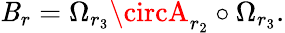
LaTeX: \mathit{B}_{r}=\Omega_{r_{3}}\circA_{r_{2}}\circ\Omega_{r_{3}}.